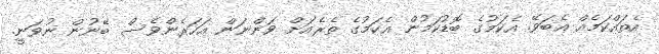
އެތައްކަމެއް އެބަވޭ. އެކަމުގެ ބޮޑުކަމުން އެކަމުގެ ތެރެއަށް ވަންނަން އަހަރެންވެސް ބޭނުން ނުވަނީ.